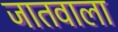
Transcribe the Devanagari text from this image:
जातवाला